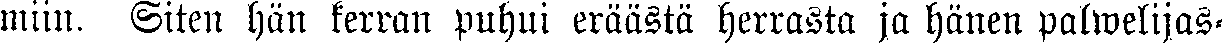
miin. Siten hän kerran puhui eräästä herrasta ja hänen palwelijas-